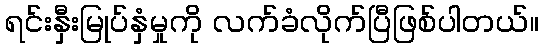
ရင်းနှီးမြုပ်နှံမှုကို လက်ခံလိုက်ပြီဖြစ်ပါတယ်။